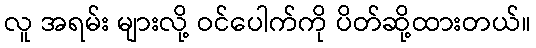
လူ အရမ်း များလို့ ဝင်ပေါက်ကို ပိတ်ဆို့ထားတယ်။